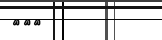
١٢٨